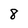
Character: 8